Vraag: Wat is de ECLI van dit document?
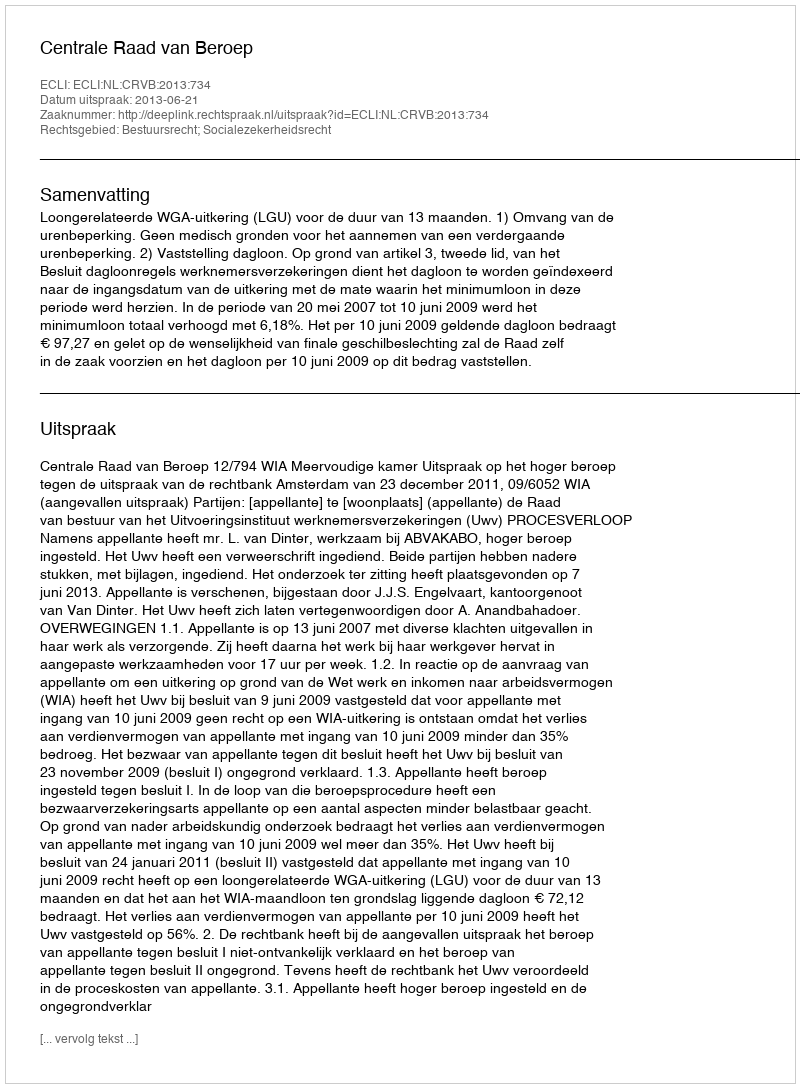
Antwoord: ECLI:NL:CRVB:2013:734